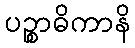
ပဉ္စာဓိကာနိ